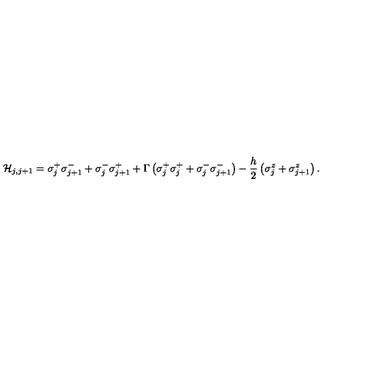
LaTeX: { \cal H } _ { j , j + 1 } = \sigma _ { j } ^ { + } \sigma _ { j + 1 } ^ { - } + \sigma _ { j } ^ { - } \sigma _ { j + 1 } ^ { + } + \Gamma \left( \sigma _ { j } ^ { + } \sigma _ { j } ^ { + } + \sigma _ { j } ^ { - } \sigma _ { j + 1 } ^ { - } \right) - \frac { h } { 2 } \left( \sigma _ { j } ^ { z } + \sigma _ { j + 1 } ^ { z } \right) .